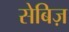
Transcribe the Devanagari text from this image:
सेबिज़